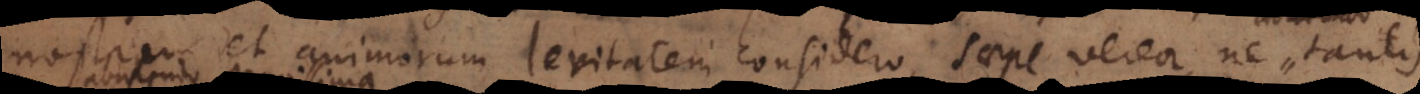
nostram et animorum levitatem considero, saepe vereor, ne tantis